Eesti_Toorahva_Kommuun, lk 37
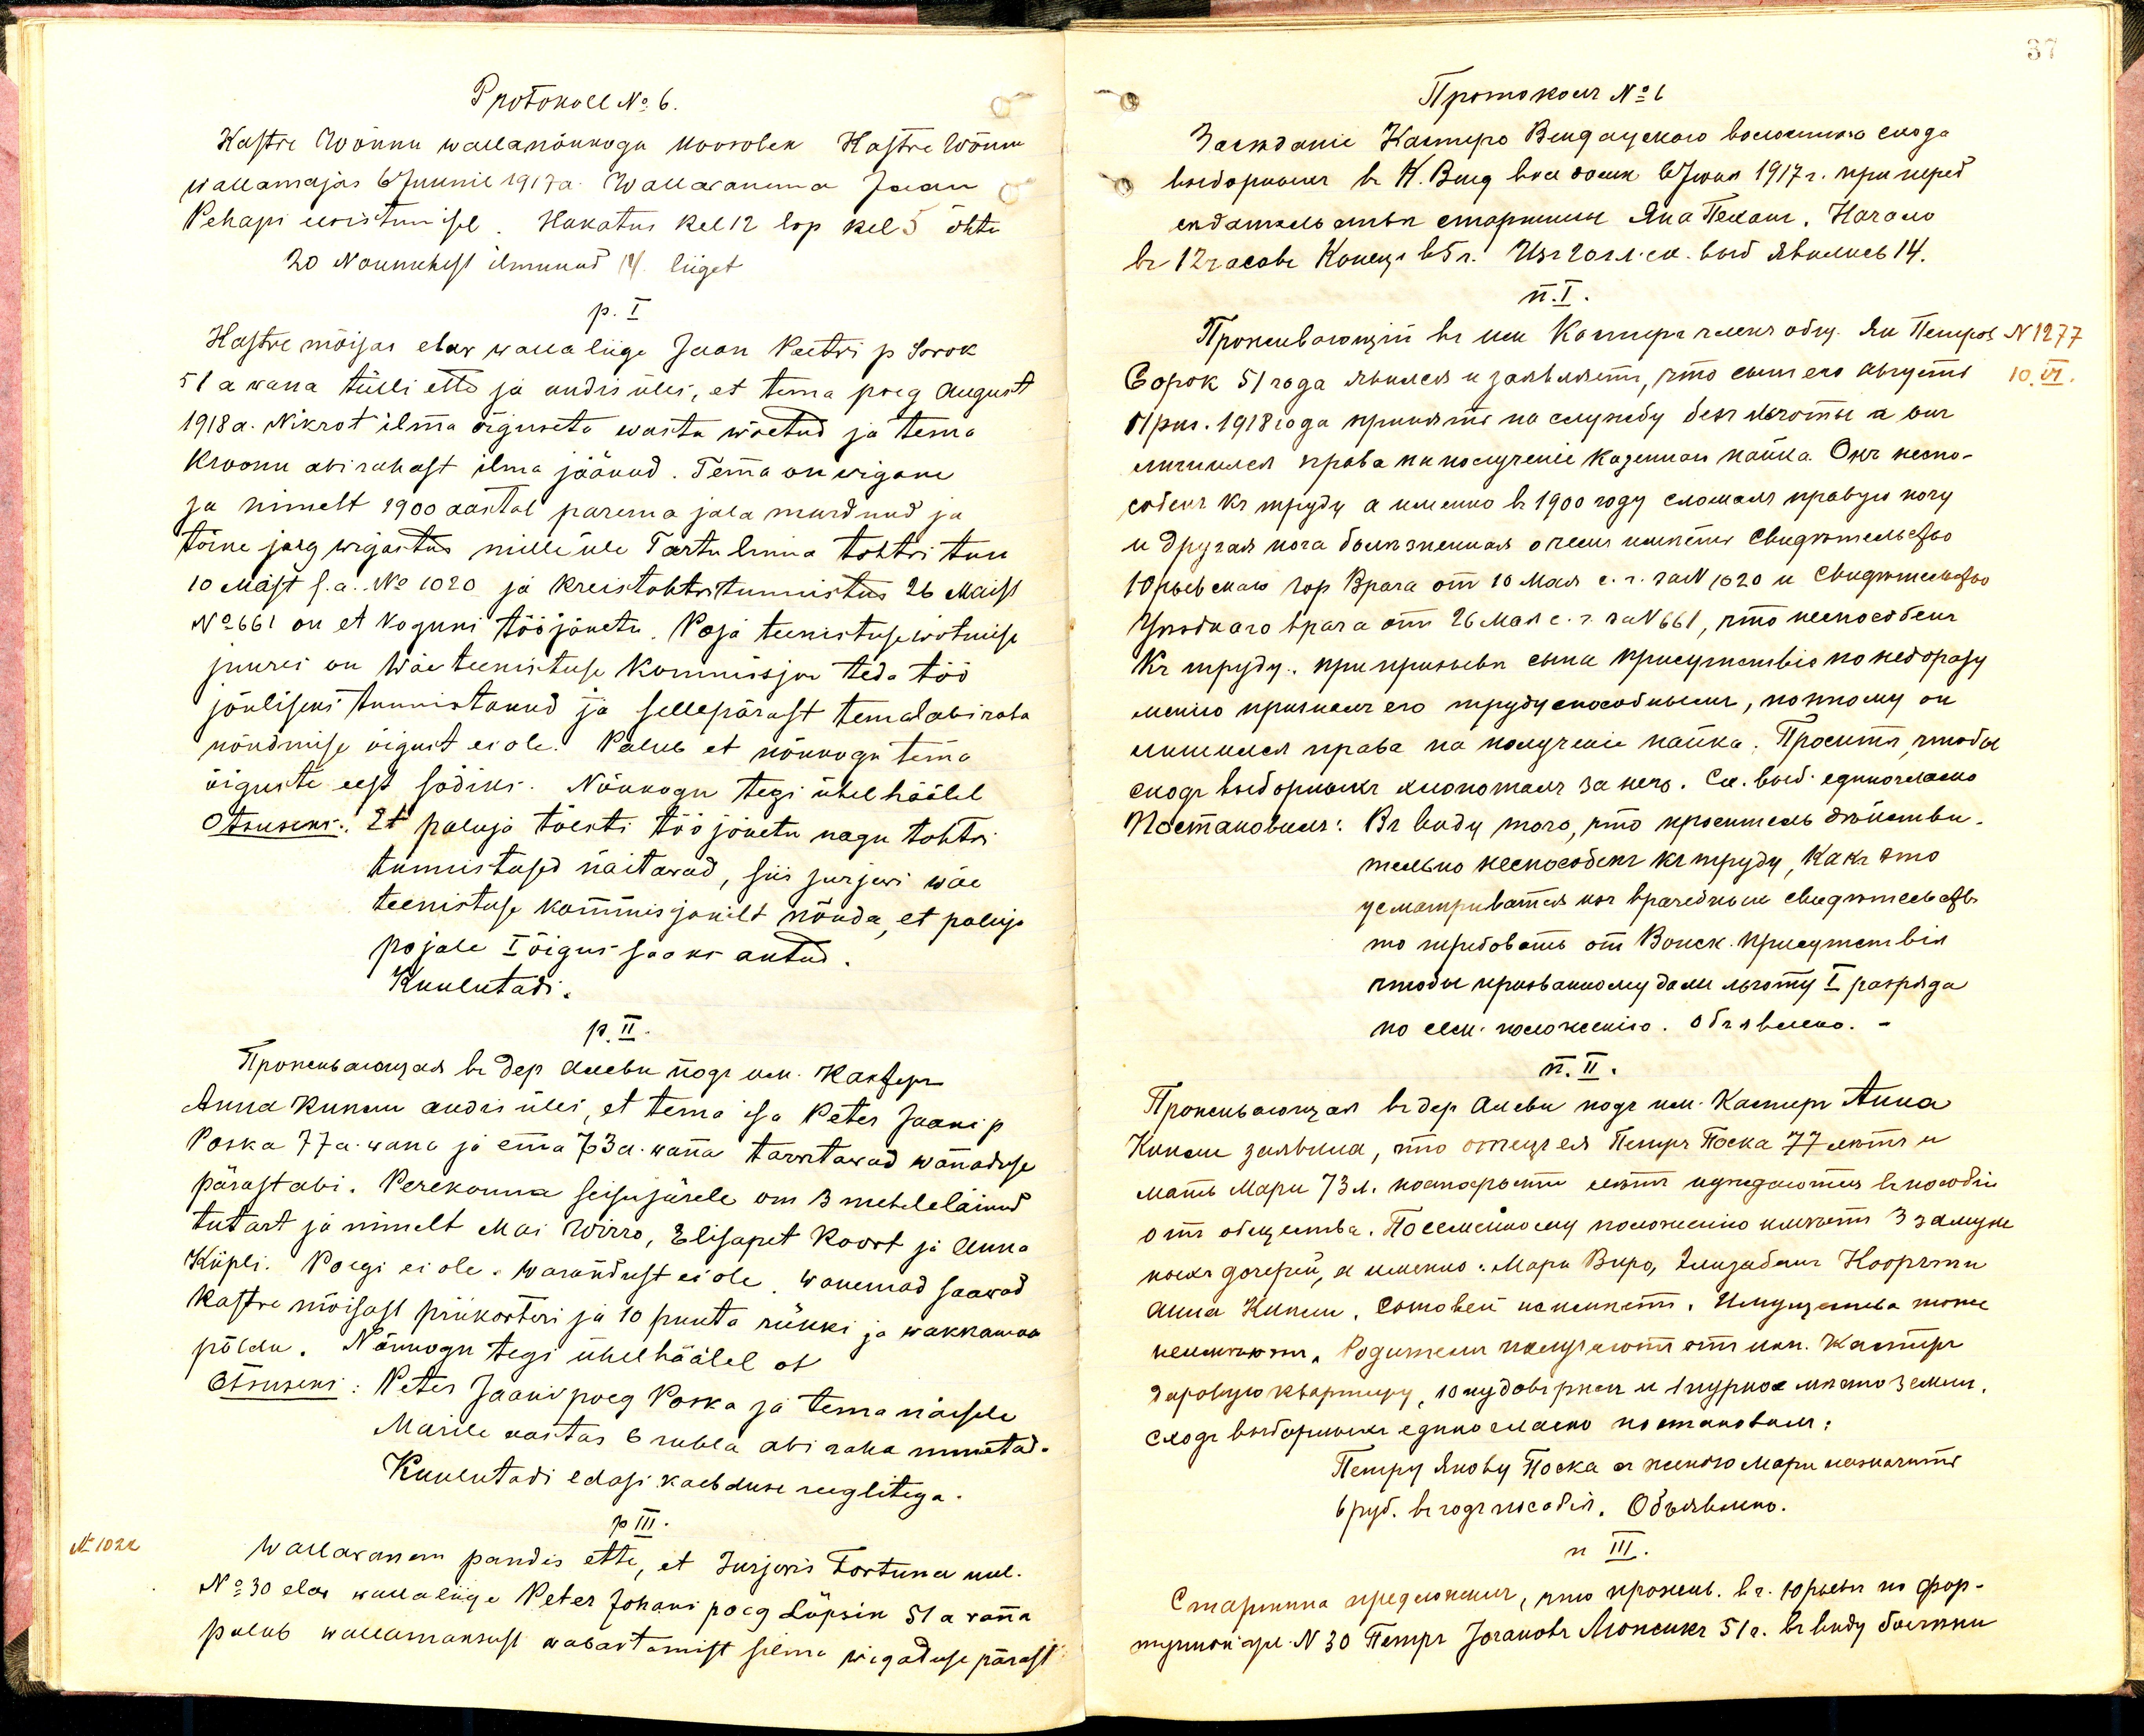
Protokoll No: 6.
Kastre Wõnnu wallanõukogu koosolek Kastre Wõnnu
wallamajas 6 Juunil 1917a. Wallawanema Jaan
Pehapi eesistumisel. Hakatus kel 12 lop kel 5 õhtu
20 Noumehest ilmunud 14. liiget
p. I
Kastre mõisas elaw walla liige Jaan Peetri p. Sorok
51a wana tülli ette ja andis üles, et tema poeg August
1918 a. Nikrot ilma õiguseta wasta wõetud ja tema
Kroonu abirahast ilma jäänud. Tema on wigane
ja nimelt 1900 aastal parema jala murdnud ja
teine jalg wigastud mille üle Tartu linna tohtri tun.
10 Maist s.a. No 1020 ja kreistohtri tunnistus 26 Maist
No 661 on et koguni tööjõuetu. Poja teenistuse wõtmise
juures on wäe teenistuse kommisjon teda töö-
jõuliseks tunnistanud ja sellepärast temal abiraha
nõudmise õigust ei ole. Palub et nõukogu tema
õiguste eest sõdiks. Nõukogu tegi ühel häälel
Otsuseks: Et paluja tõesti töö jõuetu nagu tohtri
tunnistused näitawad, siis Jurjewi wäe-
teenistuse kommisjonilt nõuda, et paluja
pojale I õigus saaks antud.
Kuulutadi.
p. II.
Anna kunnu andis üles, et tema isa Peter Jaani p.
Poska 77a. wana ja ema 73a. wana tarwitawad wanaduse
pärast abi. Perekonna seisu järele om 3 mehele läinud
tütart ja nimelt Mai Wirro, Elisapet Koort ja Anna
Kiipli. Poegi ei ole. Warandust ei ole. Wanemad saawad
Kastre mõisast priikorteri ja 10 puuta rükki ja wakkamaa
põldu. Nõukogu tegi ühel häälel et
Otsuseks: Peter Jaani poeg Poska ja tema naisele
Marile aastas 6 rubla abi raha maksta.
Kuulutadi edasi kaebduse reeglitega
p III.
No 1022
Wallawanem pandis ette, et Jurjewis Fortuna uul.
No: 30 elas walla liige Peter Johani poeg Lüpsin 51a wana
palub wallamaksust wabastamist silma wigaduse pärast